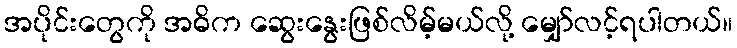
အပိုင်းတွေကို အဓိက ဆွေးနွေးဖြစ်လိမ့်မယ်လို့ မျှော်လင့်ရပါတယ်။